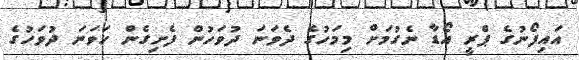
އައިފޯނުގެ ޕްރީ އޯޑާ ނެގުމަށް މިމަހުގެ ދެވަނަަ ދުވަހުން ފެށިގެން ހަވަނަ ދުވަހުގެ